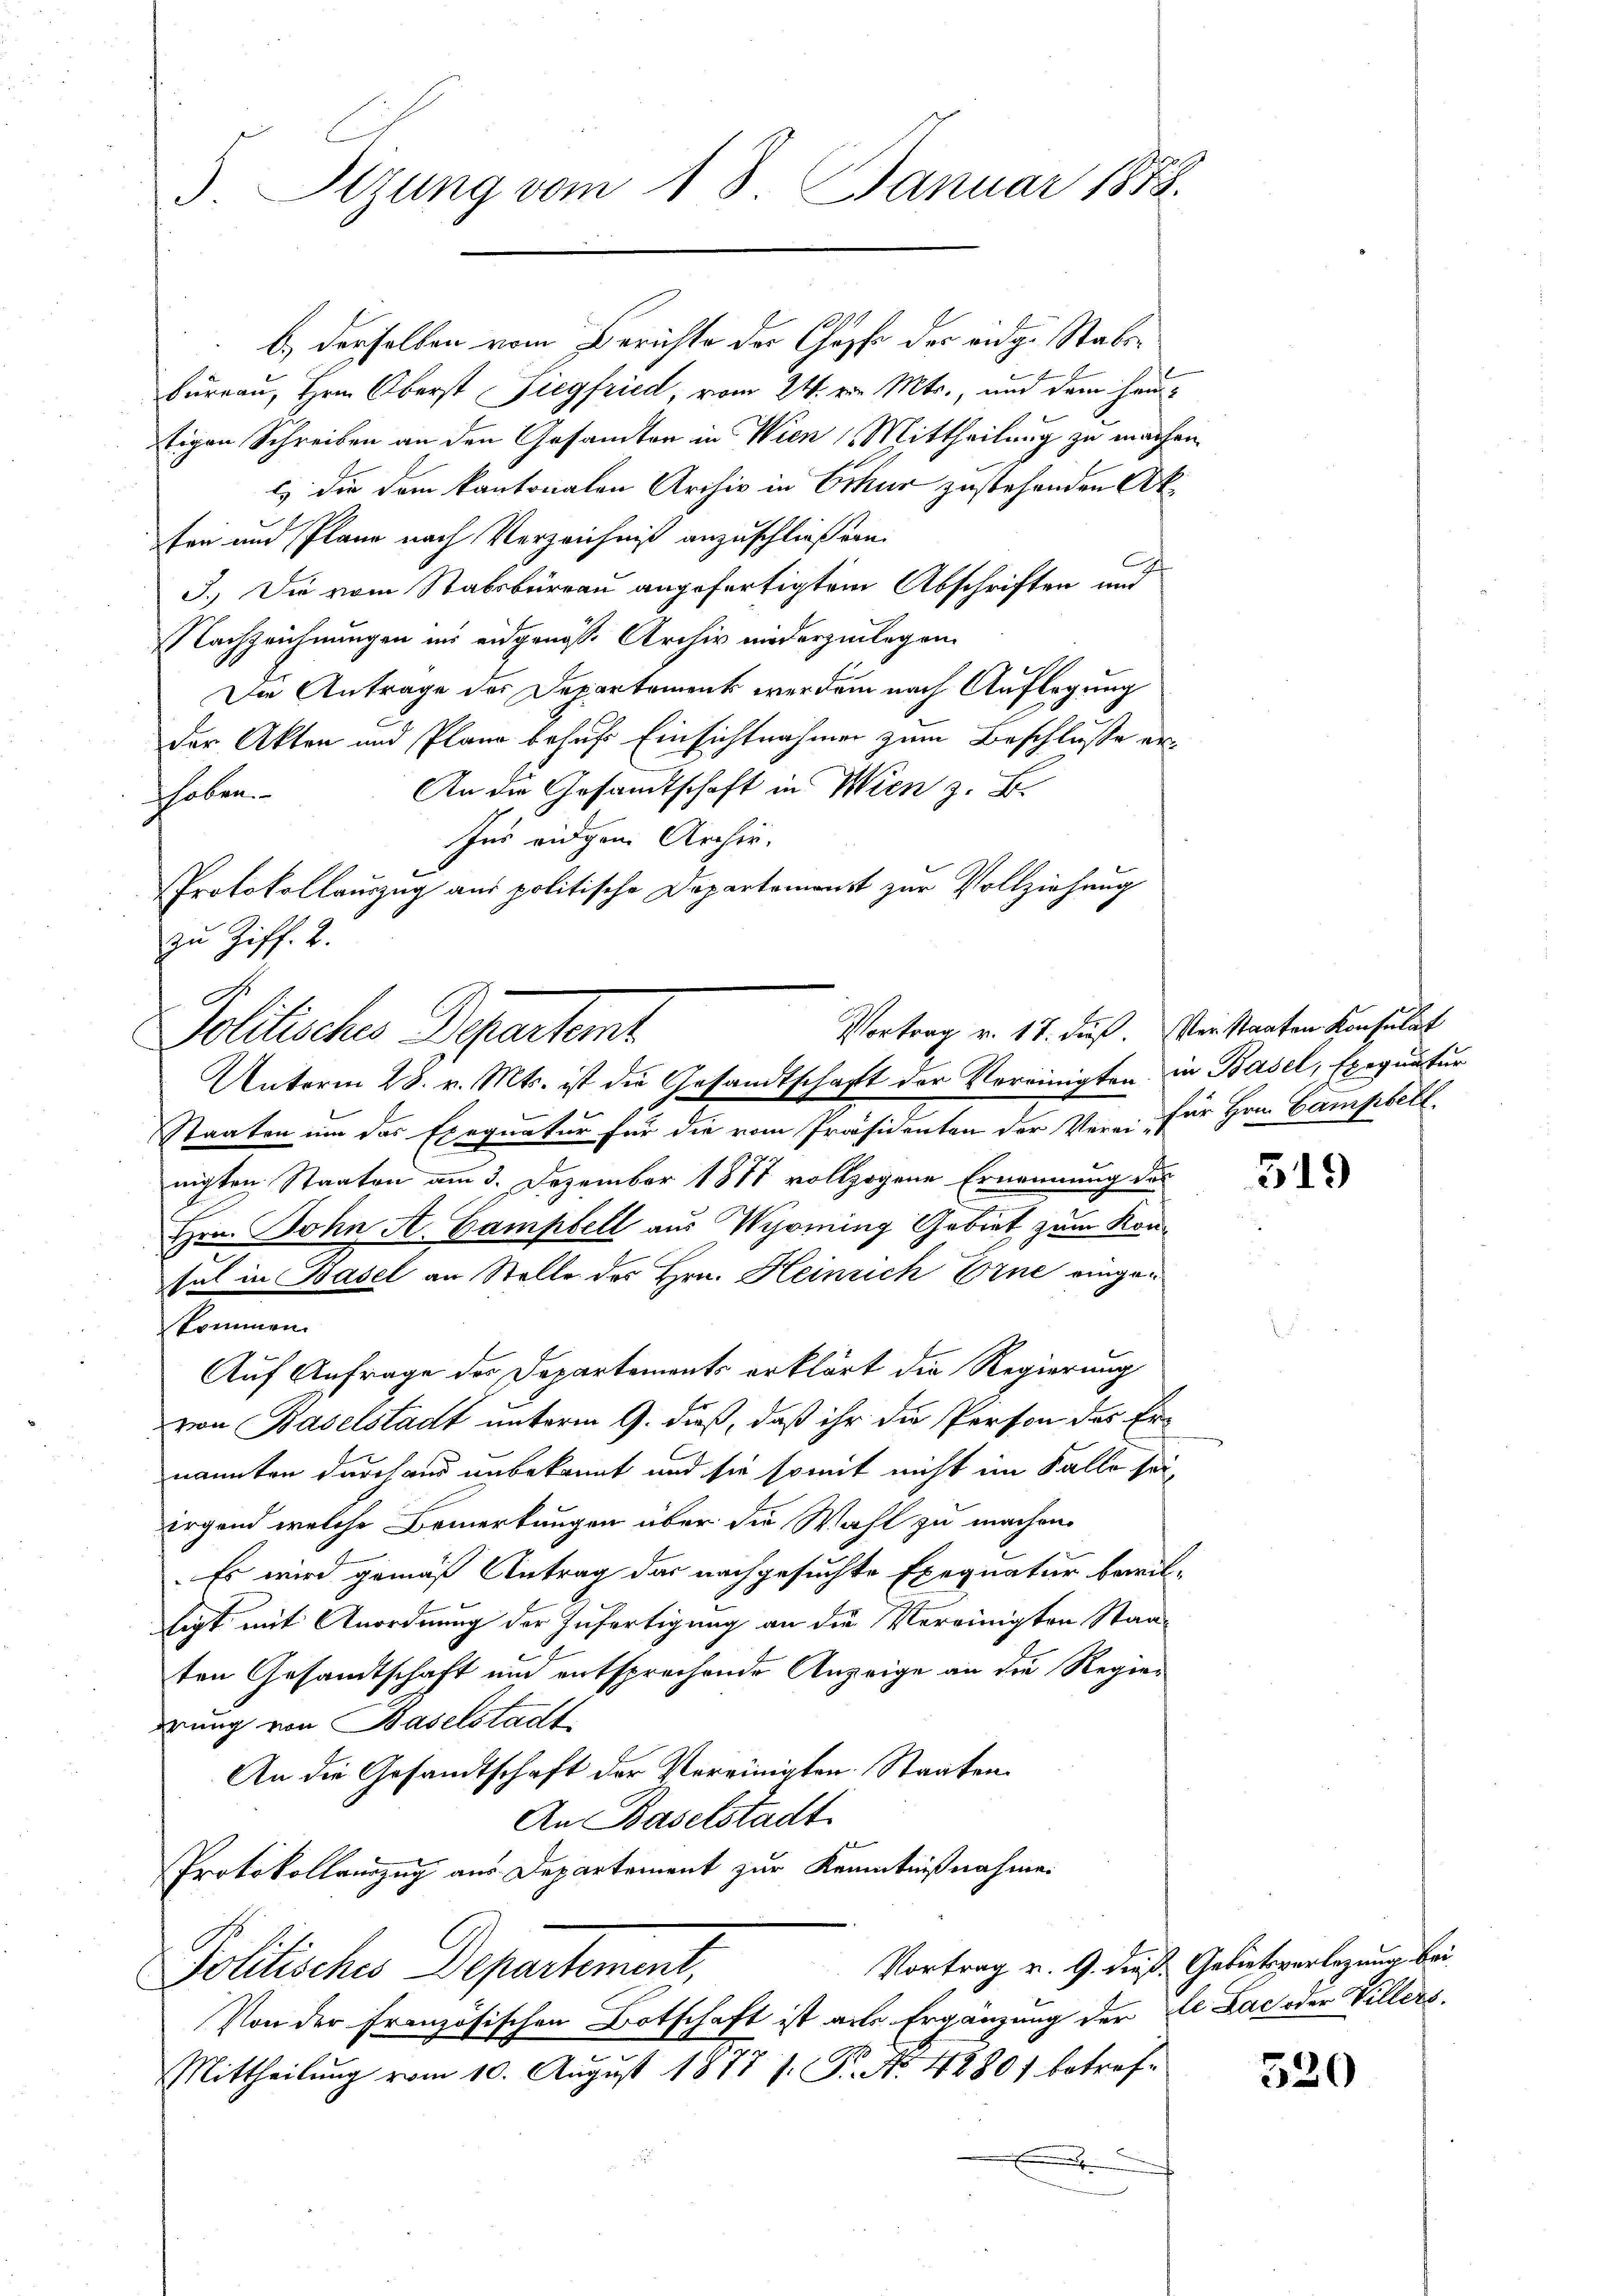
5 Sizung vom 18. Januar 1858.

b.) derselben vom Berichte der Chopfe der eidg. Stabs¬
Burgau, Hrn. Oberst Siegfried, vom 24. v. Mts., und dem heutigen Schreiben an den Gesamten in Wien, Mittheilung zu machen.
l) die dem kantonalen Archiv in Ethur zustehenden Akfen und Plane nach Verzeichniß anzuschließern.
3.) Die vom Stabsbureau angefertigtem Abschriften und
Nachzeichnungen ins eidgenöss. Archiv niederzulegen.
Die Antrage des Departement werden nach Auflegung
der Akten und Plane behufs Einsichtnahmen zum Beschluße er¬
An die Gesammtschaft in Wien z. B.
hoben.
Ins eidgen Archiv.
Protokollauszug aus politische Departemonst zur Vollziehung
t
Staaten um das Exequatur für die vom Präsidenten der Verei für Hrn. Campell
nigten Staaten am 3. Dezember 1877 vollzogene Ernennung des
Hrn. John A. Gampfell aus Wyoming Gebiet zum Konsul in Basel an Stelle des Hrn. Heinrich Eine eingekommen.
Auf Anfrage des Departements erklärt die Regierung
von Baselstadt unterm 9. dieß, daß ihr die Person des Ernannten durch ans unbekannt und sie somit nicht im Falle sei,
irgend welche Bemerkungen über die Wahl zu machen.
Es wird gemäß Antrag das nachgesuchte Exequatur bewilligt mit Anordnung der Zufertigung an die Vereinigten Staaten Gesandtschaft und entsprechende Anzeige an die Regier
erung von Baselstadt
An die Gesandtschaft der Vereinigten. Staaten.
An Baselstadt
Protokollauszug aus Departement zur Kenntnißnahme.
Vortrag v. 9. dieß Gebietverlegung bei
Politisches Departement,
Von der französischen Botschaft ist aus Ergänzung der de Lac oder Villers¬
A
Mittheilŭng vom 10. Aŭgŭst 1877 s. S. No. 42807 betref¬
.

zu Ziff. 2.
Vortrag v. 17. dieß. Verstaaten Konsulat
Politische Departent
Unterm 28. v. Mts. ist die Gesandtschaft der Vereinigten in Basel, Exequatur

519

520